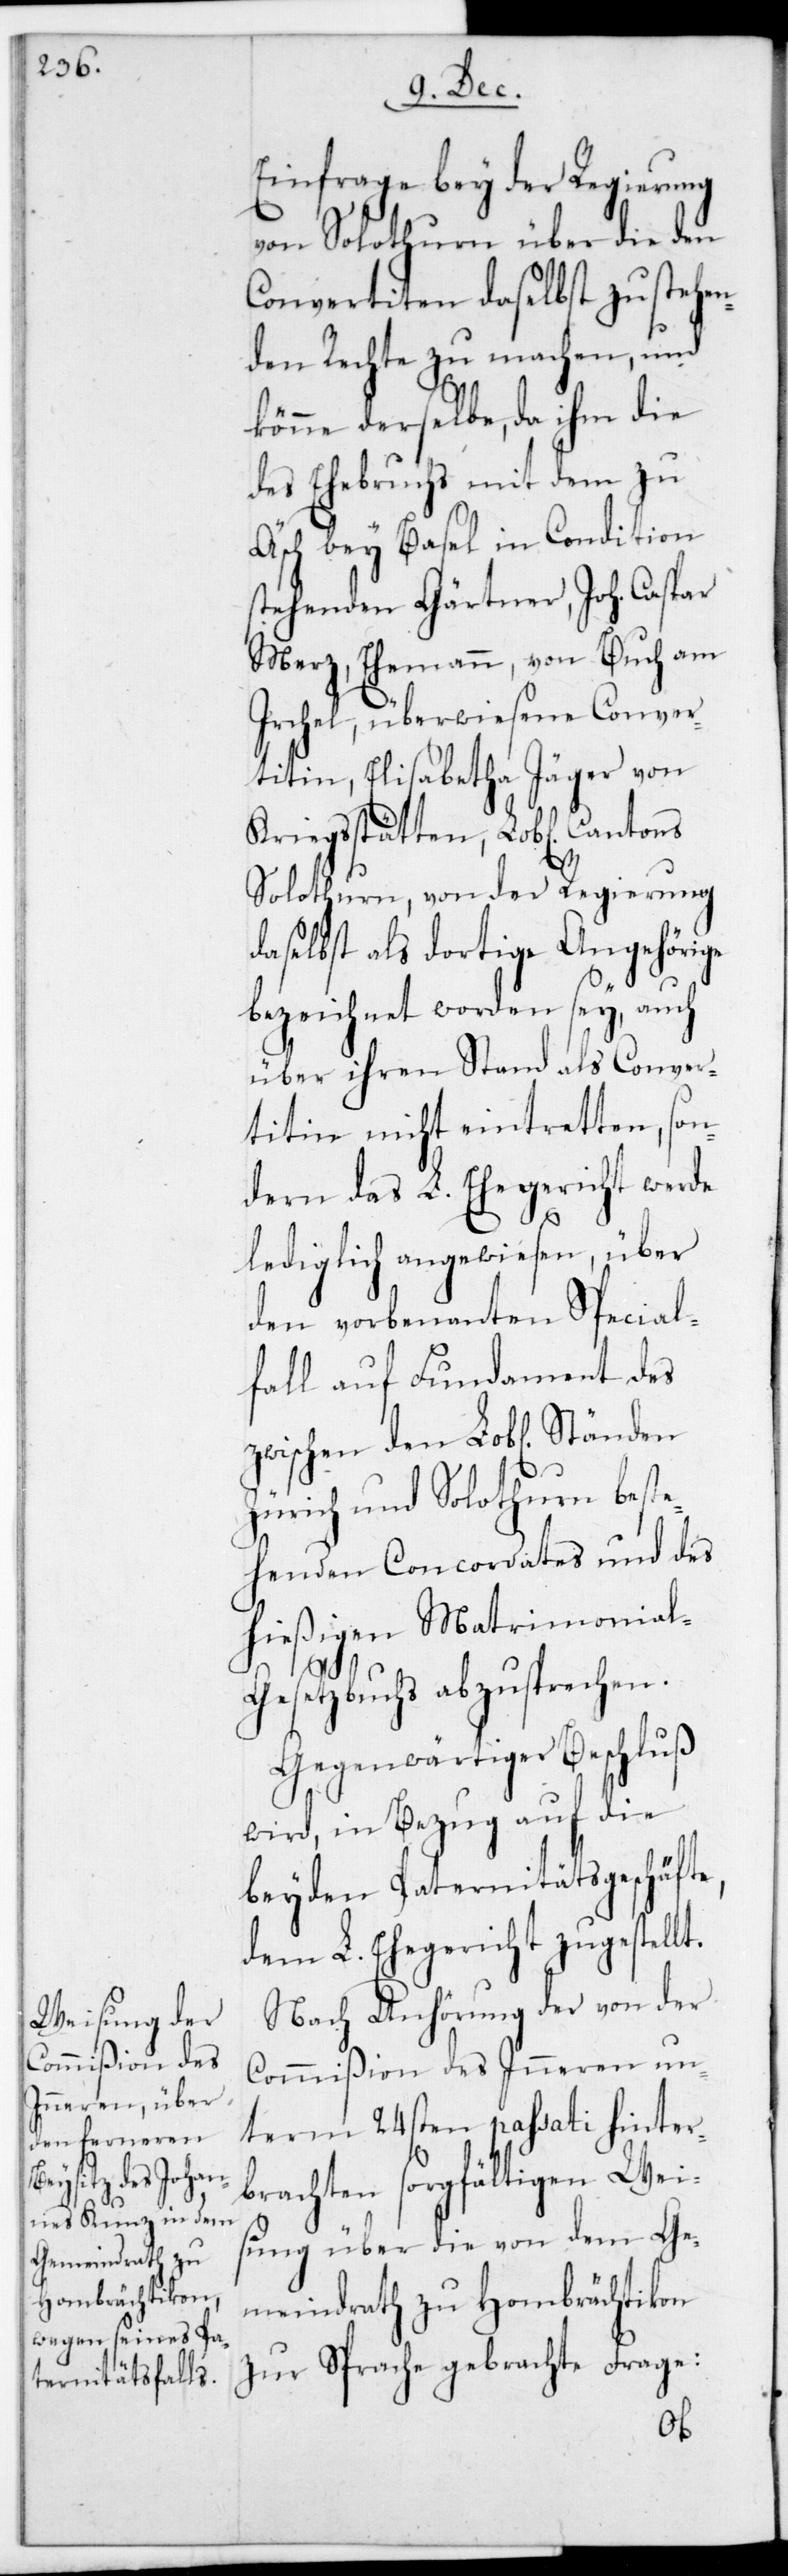
Einfrage bey der Regierung
von Solothurn über die den
Convertiten daselbst zustehen¬
den Rechte zu machen, und
könne derselbe, da ihm die
des Ehebruchs mit dem zu
Aesch bey Basel in Condition
stehenden Gärtner, Joh. Caspar
Merz, Ehemann von Buch am
Irchel, überwiesene Conver¬
titin, Elisabetha Jäger von
Kriegsstetten, L. Cantons
Solothurn, von der Regierung
daselbst als dortige Angehörige
bezeichnet worden sey, auch
über ihren Stand als Conver¬
titin nicht eintretten, son¬
dern das L. Ehegericht werde
lediglich angewiesen, über
den vorbenannten Spezial¬
fall auf Fundament des
zwischen den L. Ständen
Zürich und Solothurn beste¬
henden Concordates und des
hießigen Matrimonial-G¬
esetzbuchs abzusprechen.
Gegenwärtiger Beschluß
wird, in Bezug auf die
beyden Paternitätsgeschäfte,
dem L. Ehegericht zugestellt.
Nach Anhörung der von der
Commißion des Inneren un¬
term 24sten passati hinter¬
brachten sorgfältigen Weis¬
ung über die von dem Ge¬
meindrath zu Hombrächtikon
zur Sprache gebrachte Frage: